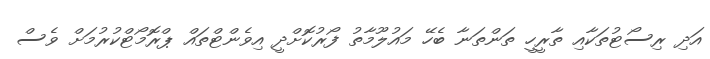
އަދި ރިސޯޓުތަކާއި ތާރީހީ ތަންތަނާ ބެހޭ މައުލޫމާތު ފޯރުކޮށްދީ އިވެންޓްތައް ޕްރޮމޯޓްކުރުމަށް ވެސް